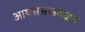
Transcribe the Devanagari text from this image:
आयससजवळून